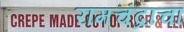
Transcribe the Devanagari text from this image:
रामचंद्राचा